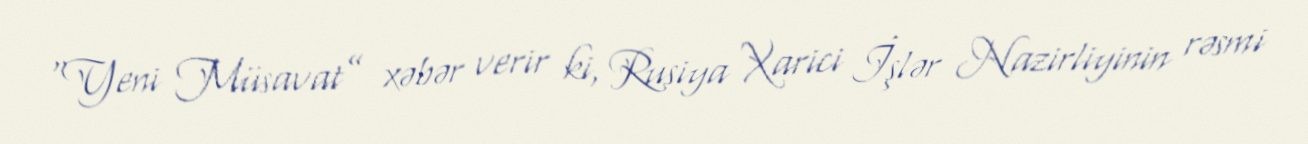
“Yeni Müsavat” xəbər verir ki, Rusiya Xarici İşlər Nazirliyinin rəsmi